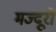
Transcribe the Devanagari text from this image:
मज्दूरों